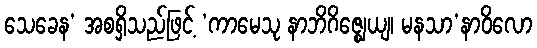
သေခေန’ အစရှိသည်ဖြင့် ‘ကာမေသု နာဘိဂိဇ္ဈေယျ၊ မနသာ’နာဝိလော